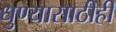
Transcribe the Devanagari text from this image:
धुण्यासाठीही